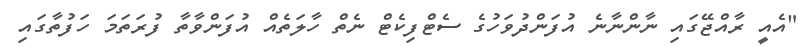
"އެއީ ރާއްޖޭގައި ނާންނާނެ އުފަންދުވަހުގެ ސެޓްފިކެޓް ނެތް ހާލަތެއް އުފަންވާތާ ފުރަތަމަ ހަފުތާގައި